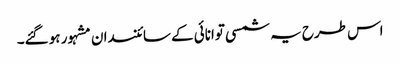
اس طرح یہ شمسی توانائی کے سائنسدان مشہور ہو گئے۔